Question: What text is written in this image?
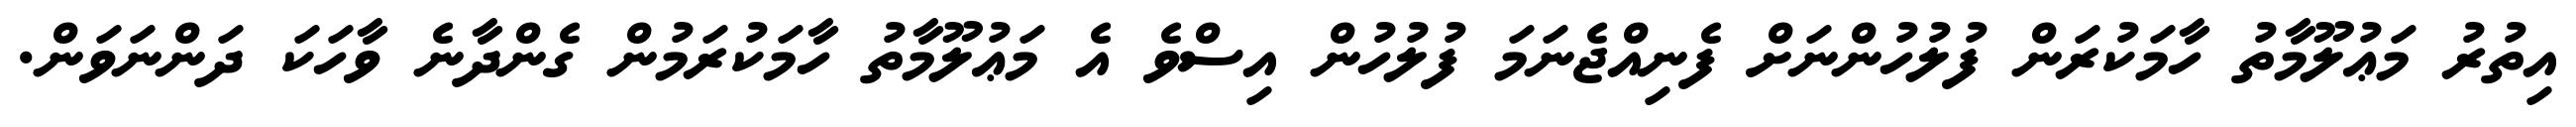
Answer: އިތުރު މަޢުލޫމާތު ހާމަކުރަން ފުލުހުންނަށް ފެނިއްޖެނަމަ ފުލުހުން އިސްވެ އެ މަޢުލޫމާތު ހާމަކުރަމުން ގެންދާނެ ވާހަކަ ދަންނަވަން.